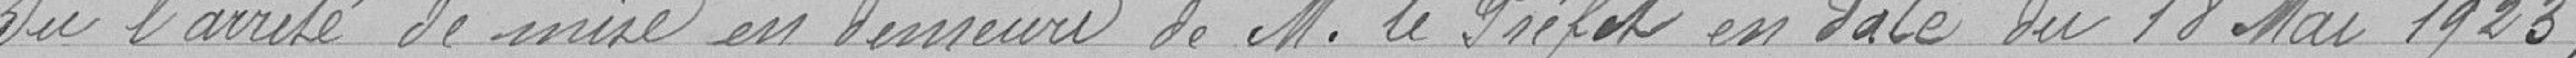
Vu l'arrêté de mise en demeure de M. le préfet en date du 18 mai 1923 ;